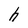
Character: h